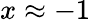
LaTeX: x\approx-1